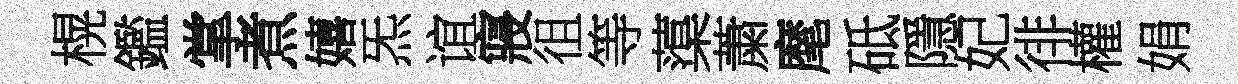
榥鑑掌煮嬉炁谊寢徂等蕖䔥麾砥隱妃徘權娟